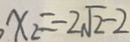
x _ { 2 } = - 2 \sqrt { 2 } - 2